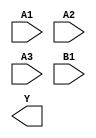
module sky130_fd_sc_hs__a31oi (
    //# {{data|Data Signals}}
    input  A1,
    input  A2,
    input  A3,
    input  B1,
    output Y
);

    // Voltage supply signals
    supply1 VPWR;
    supply0 VGND;

endmodule